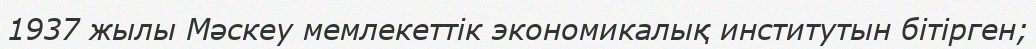
1937 жылы Мәскеу мемлекеттік экономикалық институтын бітірген;